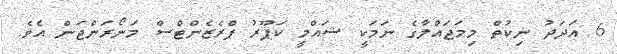
6 އަދަދު ނިކުތް މިމަޖައްލާގެ ނަމަކީ ޝައްމީ ކަޕޫރު ޕްރެޒެންޓްސް މަނޯރަންޖަން އެވެ.